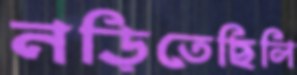
নড়িতেছিলি